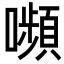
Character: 嚬